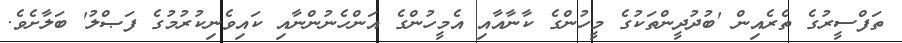
ތަފްސީރުގެ ތެރެއިން 'ބުދުދީންތަކުގެ މީހުންގެ ކާނާއާއި އެމީހުންގެ އަންހެނުންނާއި ކައިވެނިކުރުމުގެ ފަޞްލު' ބަލާށެވެ.